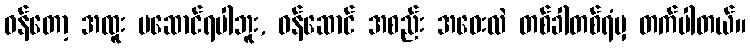
ဝန်တော့ အထူး မဆောင်ရပါဘူး, ဝန်ဆောင် အစည်း အဝေးလဲ တစ်ခါတစ်ရံမှ တက်ပါတယ်။